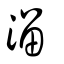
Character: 溜